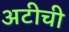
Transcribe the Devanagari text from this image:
अटीची